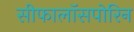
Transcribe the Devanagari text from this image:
सीफालॉसपोरिन